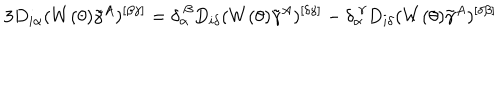
3 D _ { i \alpha } ( W ( \theta ) \tilde { \gamma } ^ { A } ) ^ { [ \beta \gamma ] } = \delta _ { \alpha } ^ { ~ \beta } D _ { i \delta } ( W ( \theta ) \tilde { \gamma } ^ { A } ) ^ { [ \delta \gamma ] } - \delta _ { \alpha } ^ { ~ \gamma } D _ { i \delta } ( W ( \theta ) \tilde { \gamma } ^ { A } ) ^ { [ \delta \beta ] }